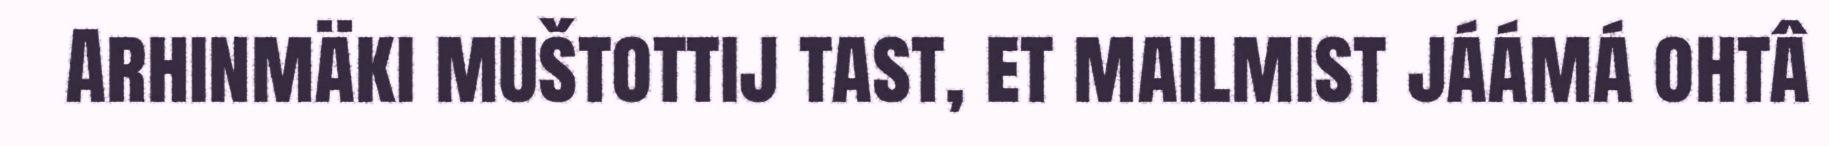
Arhinmäki muštottij tast, et mailmist jáámá ohtâ